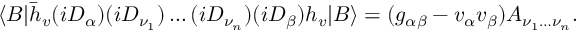
\langle B | \bar { h } _ { v } ( i D _ { \alpha } ) ( i D _ { \nu _ { 1 } } ) \dots ( i D _ { \nu _ { n } } ) ( i D _ { \beta } ) h _ { v } | B \rangle = ( g _ { \alpha \beta } - v _ { \alpha } v _ { \beta } ) { \cal A } _ { \nu _ { 1 } \dots \nu _ { n } } .